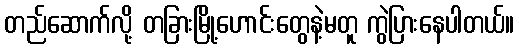
တည်ဆောက်လို့ တခြားမြို့ဟောင်းတွေနဲ့မတူ ကွဲပြားနေပါတယ်။